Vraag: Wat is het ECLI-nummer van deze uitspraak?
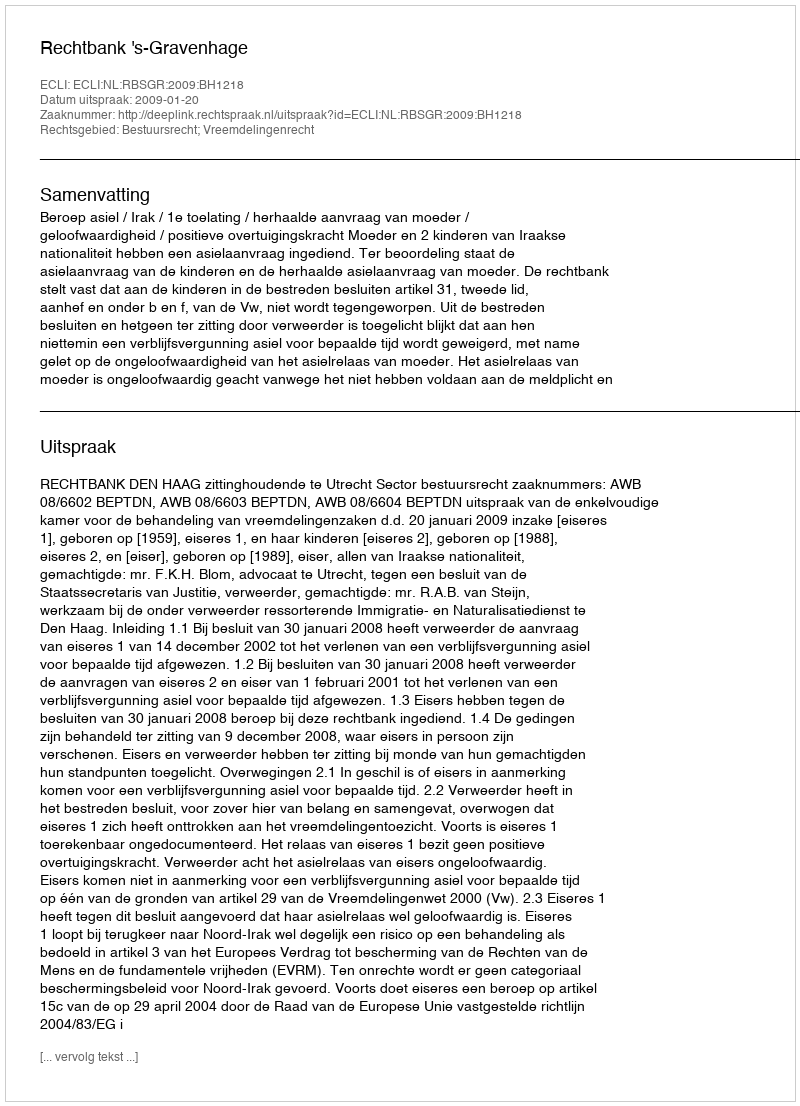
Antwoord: ECLI:NL:RBSGR:2009:BH1218